Vaccination in Burma 1920-1933 - 1920-1933
Year: 1920
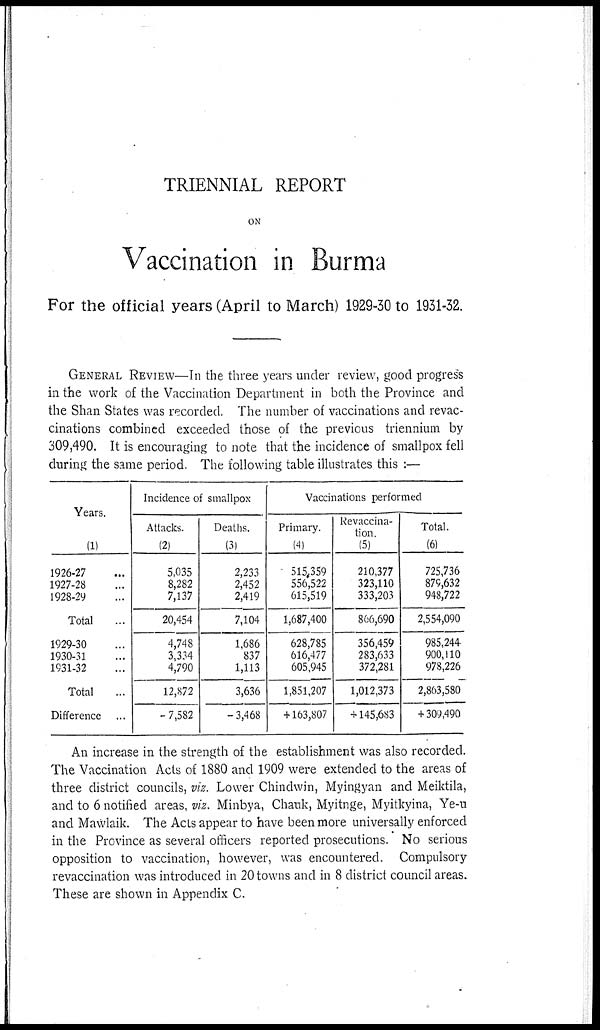
TRIENNIAL REPORT
ON
Vaccination in Burma
For the official years (April to March) 1929-30 to 1931-32.
GENERAL REVIEW—In the three years under review, good progress
in the work of the Vaccination Department in both the Province and
the Shan States was recorded. The number of vaccinations and revac-
cinations combined exceeded those of the previous triennium by
309,490. It is encouraging to note that the incidence of smallpox fell
during the same period. The following table illustrates this :—
Years.
(1)
1926-27 ...
1927-28 ...
1928-29 ...
Total ...
1929-30 ...
1930-31 ...
1931-32 ...
Total ...
Difference ...
Incidence of smallpox
Attacks.
(2)
5,035
8,282
7,137
20,454
4,748
3,334
4,790
12,872
- 7,582
Deaths.
(3)
2,233
2,452
2,419
7,104
1,686
837
1,113
3,636
- 3,468
Vaccinations performed
Primary.
(4)
515,359
556,522
615,519
1,687,400
628,785
616,477
605,945
1,851,207
+ 163,807
Revaccina-
tion.
(5)
210,377
323,110
333,203
866,690
356,459
283,633
372,281
1,012,373
+ 145,683
Total.
(6)
725,736
879,632
948,722
2,554,090
985,244
900,110
978,226
2,863,580
+ 309,490
An increase in the strength of the establishment was also recorded.
The Vaccination Acts of 1880 and 1909 were extended to the areas of
three district councils, viz. Lower Chindwin, Myingyan and Meiktila,
and to 6 notified areas, viz. Minbya, Chauk, Myitnge, Myitkyina, Ye-u
and Mawlaik. The Acts appear to have been more universally enforced
in the Province as several officers reported prosecutions. No serious
opposition to vaccination, however, was encountered. Compulsory
revaccination was introduced in 20 towns and in 8 district council areas.
These are shown in Appendix C.